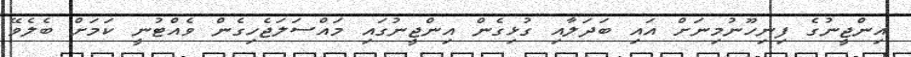
އިންޖީނުގެ ފިނިހޫނުމިނަށް އަައި ބަދަލާއި ގުޅިގެން އިންޖީނުގައި މައްސަލަޖެހިގެން ވެއްޓުނީ ކަމަށް ބެލެވޭ